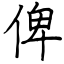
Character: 俾